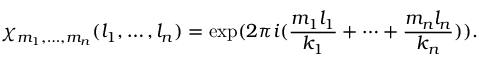
\chi _ { m _ { 1 } , \ldots , m _ { n } } ( l _ { 1 } , \ldots , l _ { n } ) = \exp ( 2 \pi i ( \frac { m _ { 1 } l _ { 1 } } { k _ { 1 } } + \dots + \frac { m _ { n } l _ { n } } { k _ { n } } ) ) .